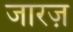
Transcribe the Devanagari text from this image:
जारज़